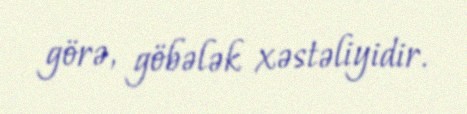
görə, göbələk xəstəliyidir.